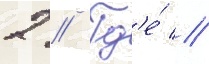
2 // Гд'е́ //